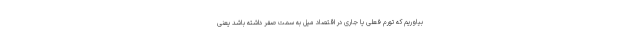
بیاوریم که تورم فعلی یا جاری در اقتصاد میل به سمت صفر داشته باشد یعنی